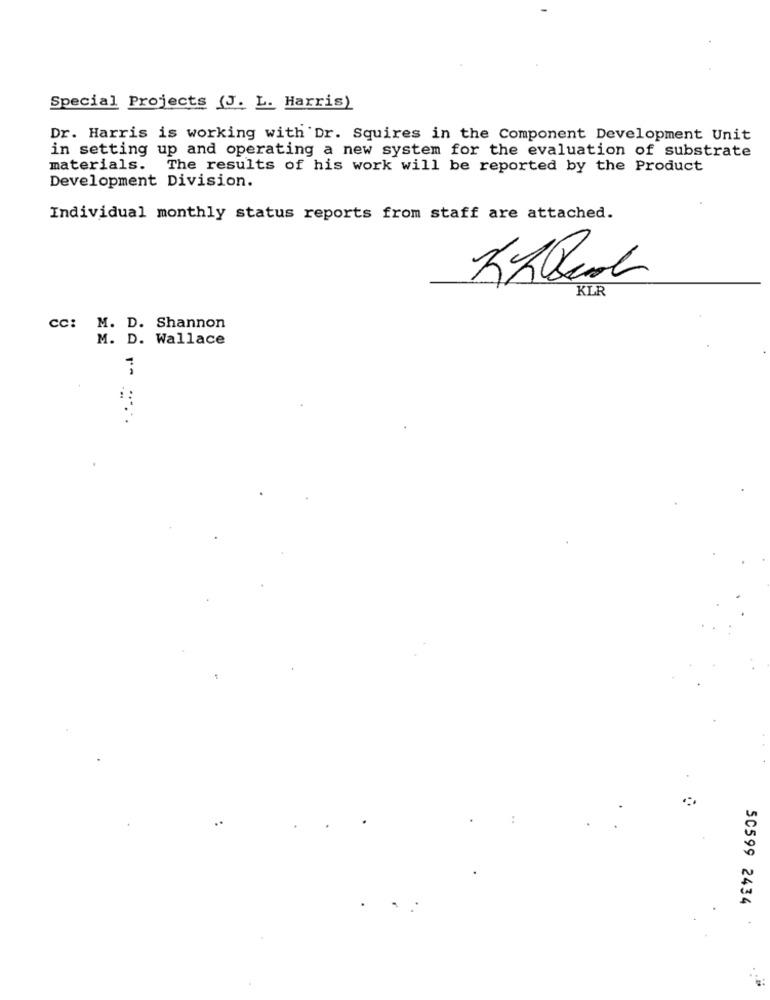
Special Projects (J. L. Harris)
Dr. Harris is working with Dr. Squires in the Component Development Unit
in setting up and operating a new system for the evaluation of substrate
materials. The results of his work will be reported by the Product
Development Division.
Individual monthly status reports from staff are attached.
KLR
CC: M. D. Shannon
M. D. Wallace
50599 2434